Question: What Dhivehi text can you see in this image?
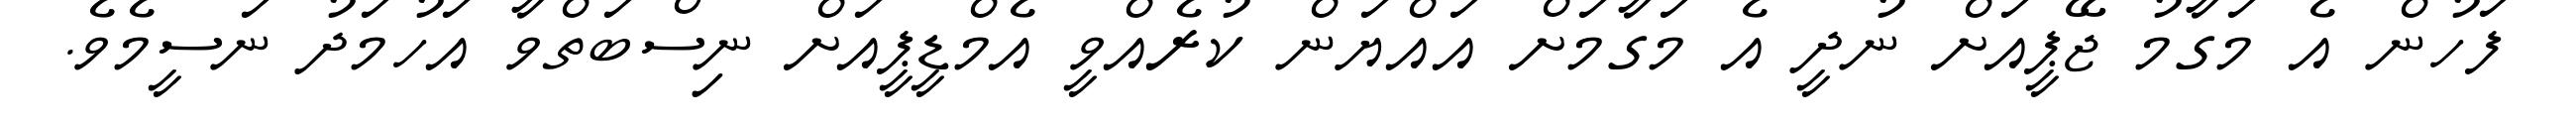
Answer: ފަހުން އެ މަގާމު ޖޭޕީއަށް ނުދީ އެ މަގާމަށް އައްޔަން ކުރެއްވީ އެމްޑީޕީއަށް ނިސްބަތްވާ އަހުމަދު ނަސީމެވެ.